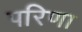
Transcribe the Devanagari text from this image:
परिणा